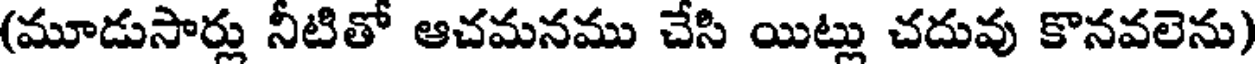
(మూడుసార్లు నీటితో ఆచమనము చేసి యిట్లు చదువు కొనవలెను)